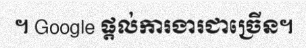
។ Google ផ្តល់ការងារជាច្រើន។